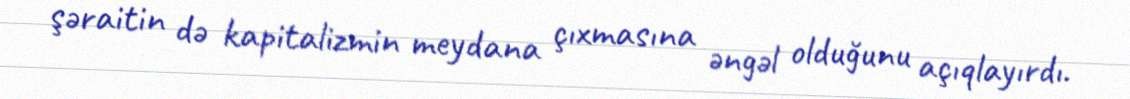
şəraitin də kapitalizmin meydana çıxmasına əngəl olduğunu açıqlayırdı.